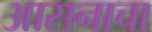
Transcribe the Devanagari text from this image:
आसनाचा